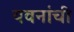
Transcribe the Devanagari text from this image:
यवनांची